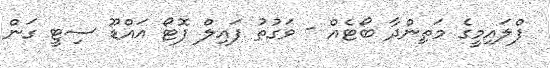
ފްލައިމީގެ މަތިންދާ ބޯޓެއް - ވަގުތު ފައިލް ފޮޓޯ އައްޑޫ ސިޓީ ގަން